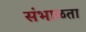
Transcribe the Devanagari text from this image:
संभाळता